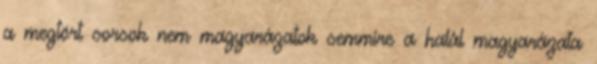
a megtört sorsok nem magyarázatok semmire a halál magyarázata